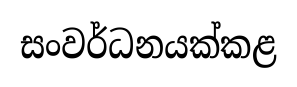
සංවර්ධනයක්කළ